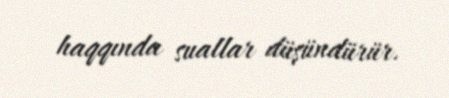
haqqında suallar düşündürür.